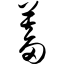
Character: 蓄